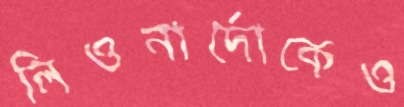
লিওনার্দোকেও